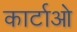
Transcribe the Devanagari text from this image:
कार्टाओ